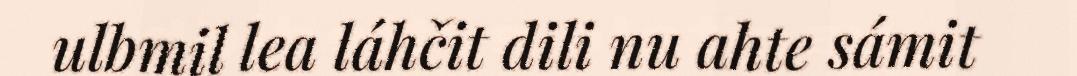
ulbmil lea láhčit dili nu ahte sámit